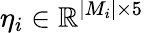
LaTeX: \eta_{i}\in\mathbb{R}^{|M_{i}|\times 5}